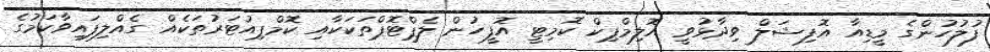
ފުލުހުންގެ މީޑިއާ އޮފިޝަލް ވިދާޅުވީ އޮލިމްޕިކް ކޮމިޓީ އޮފީހުން ލެޕްޓޮޕްތަކަކާއި ކޮމްޕިއުޓަރުތަކެއް ގެއްލިފައިވާކަމުގެ